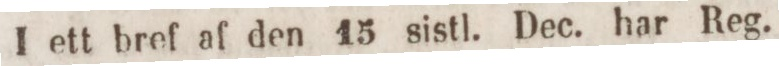
I ett bref af den 15 sistl. Dec. har Reg.